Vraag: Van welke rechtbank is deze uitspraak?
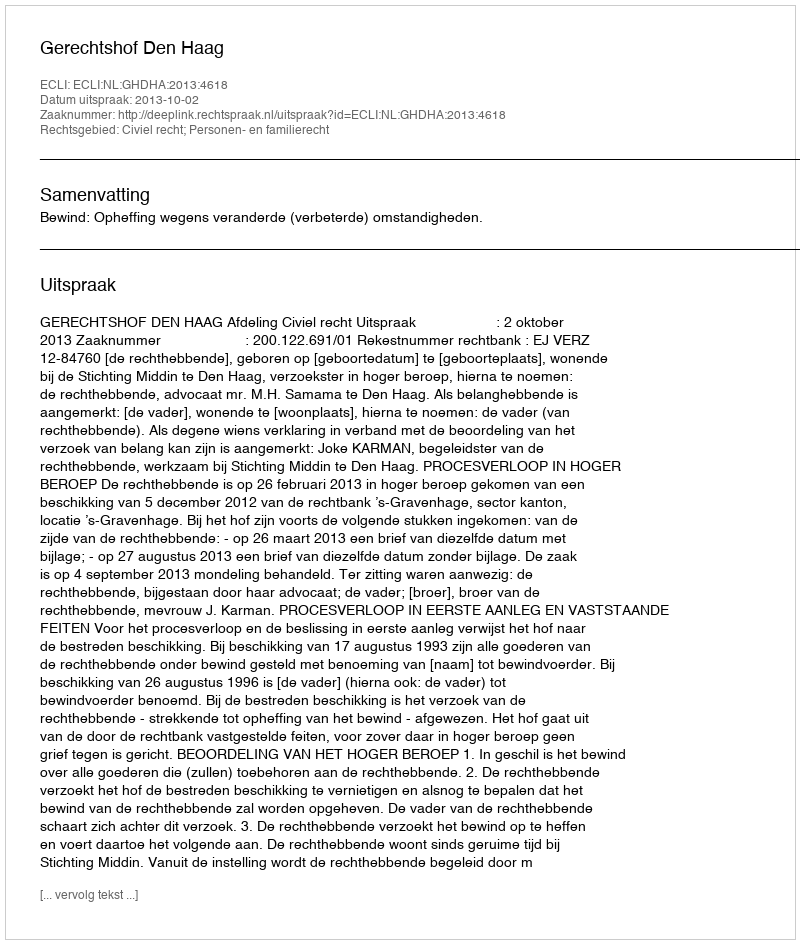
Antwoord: Gerechtshof Den Haag